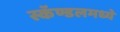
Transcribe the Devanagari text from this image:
स्कॅण्डलमध्ये